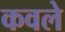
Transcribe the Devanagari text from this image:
कवले